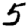
Digit: 5